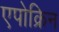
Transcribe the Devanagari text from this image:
एपोक्रिन